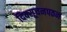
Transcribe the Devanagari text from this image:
दिक्सूचनपठन